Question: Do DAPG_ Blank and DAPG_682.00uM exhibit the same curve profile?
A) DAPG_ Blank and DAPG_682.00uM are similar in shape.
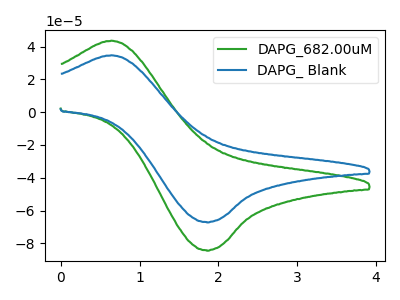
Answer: <think>The green curve "DAPG_682.00uM" has an anodic peak at (0.65V, 43.65uA) and a cathodic peak at (1.85V, -84.25uA). The blue curve "DAPG_ Blank" has an anodic peak at (0.65V, 34.75uA) and a cathodic peak at (1.85V, -67.05uA).
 All the peaks in "DAPG_ Blank" have a peak in "DAPG_682.00uM" at the same potential. Every peak in "DAPG_ Blank" is lower than every peak in "DAPG_682.00uM".</think>
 <answer>A) "DAPG_ Blank" and "DAPG_682.00uM" are similar in shape.</answer>
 <eval>A</eval>